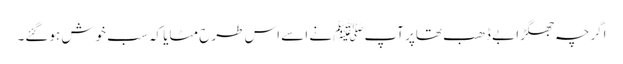
اگرچہ جھگڑا بے ڈھب تھاپر آپﷺ نے اسے اس طرح مٹایا کہ سب خوش ہوگئے۔